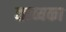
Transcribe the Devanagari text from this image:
काव्यका